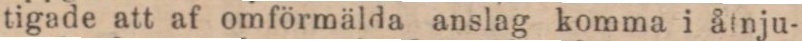
tigade att af omförmälda anslag komma i åtnju-